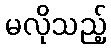
မလိုသည့်